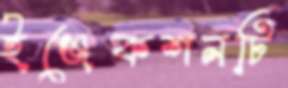
ইঞ্জেকশনটি